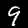
Label: 9